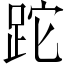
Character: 跎